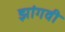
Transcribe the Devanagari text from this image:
झांगवी